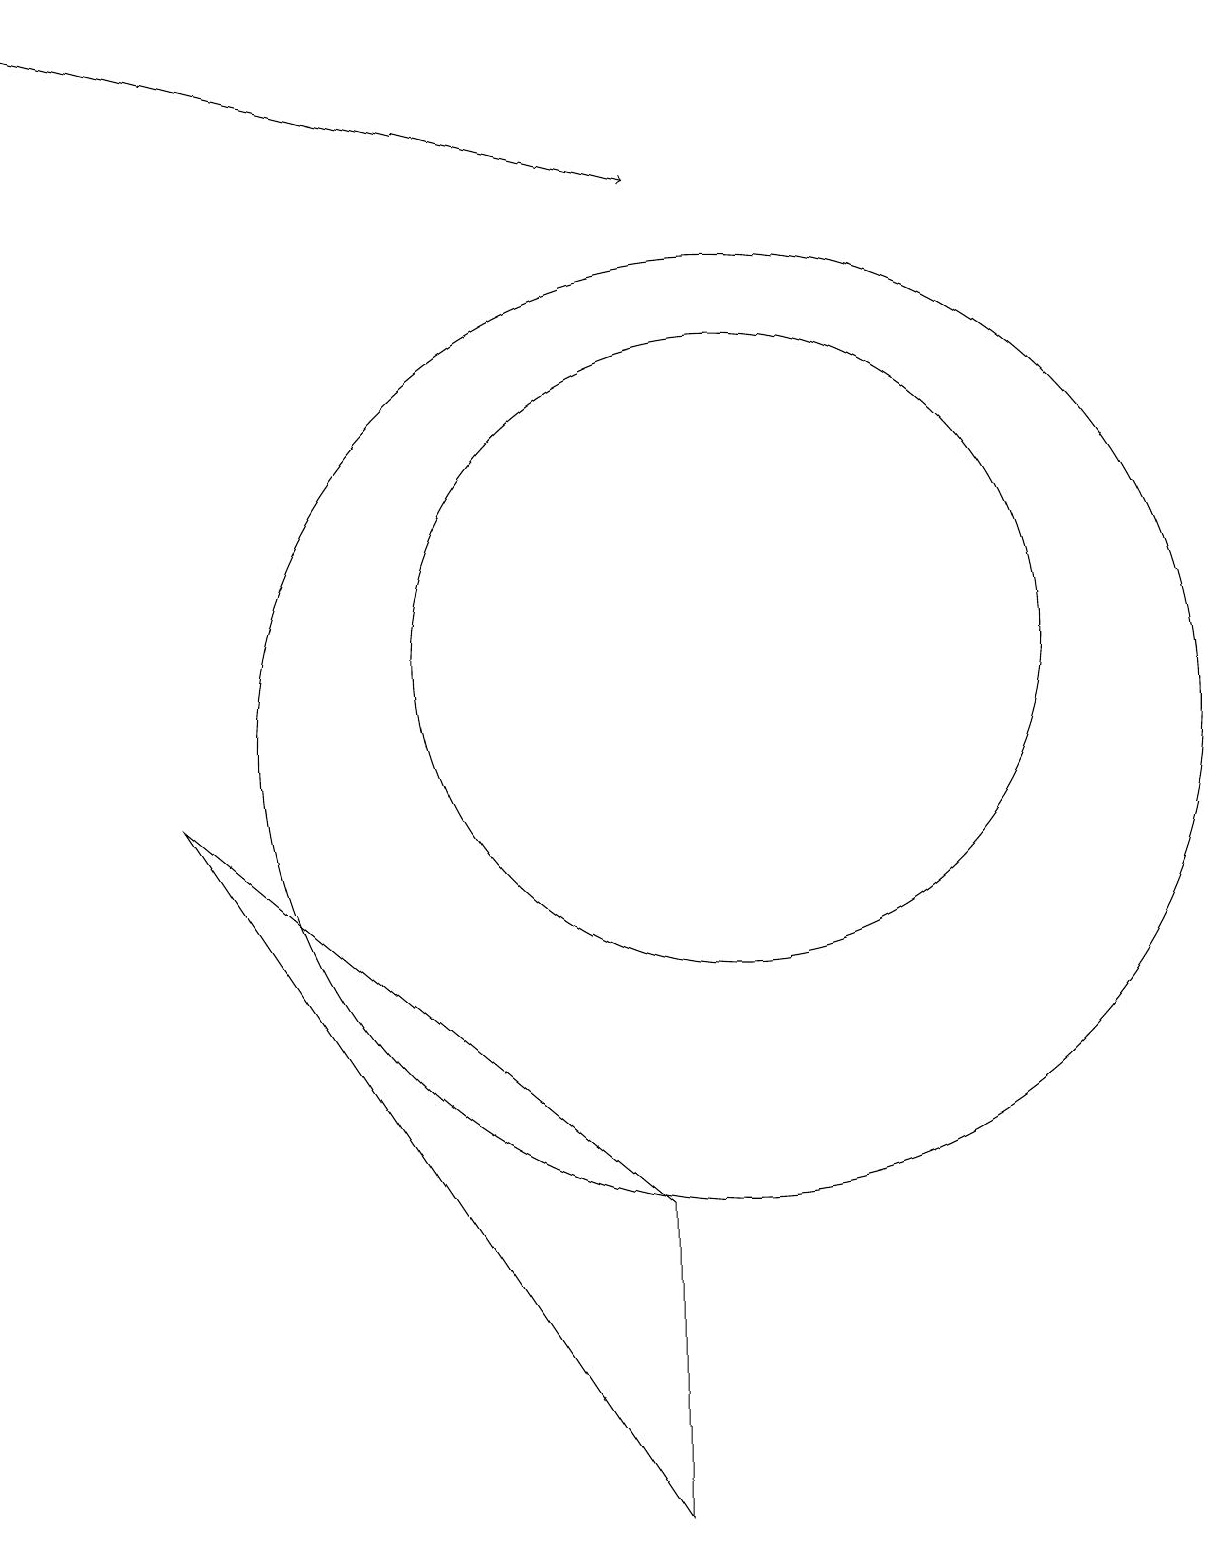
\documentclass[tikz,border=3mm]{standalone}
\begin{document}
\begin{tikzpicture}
\draw (10,10) circle (6);
\draw (10,11) circle (4);
\draw[->] (1,19) -- (9,17);
\draw (9,0) -- (3,9) -- (9,4) -- cycle;
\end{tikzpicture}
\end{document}